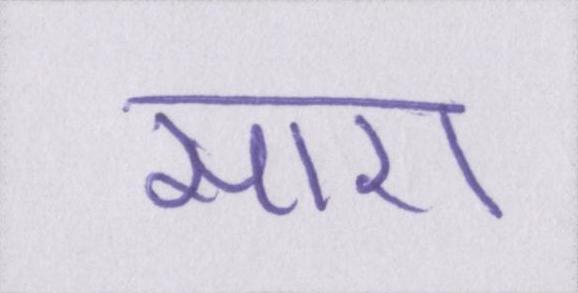
सारा